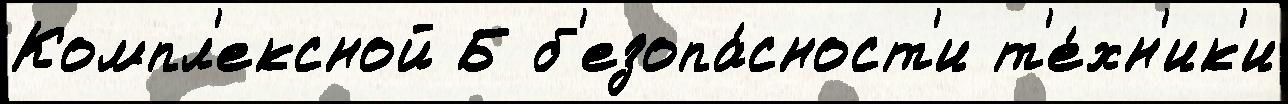
Компл'ексной Б б'езопа́сност'и т'е́хн'ик'и